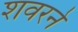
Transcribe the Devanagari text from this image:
शवरने